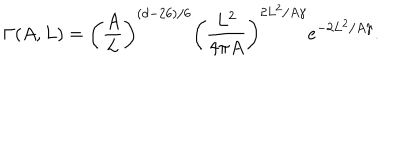
\Gamma ( A , L ) = { { \left( { \frac { A } { L } } \right) } ^ { ( d - 2 6 ) / 6 } } { { \left( { \frac { L ^ { 2 } } { 4 \pi { A } } } \right) } ^ { 2 { L ^ { 2 } } / A \gamma } } { e ^ { - 2 { L ^ { 2 } } / A \gamma } } .